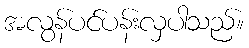
အလွန်ပင်ပန်းလှပါသည်။